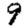
Digit: 9